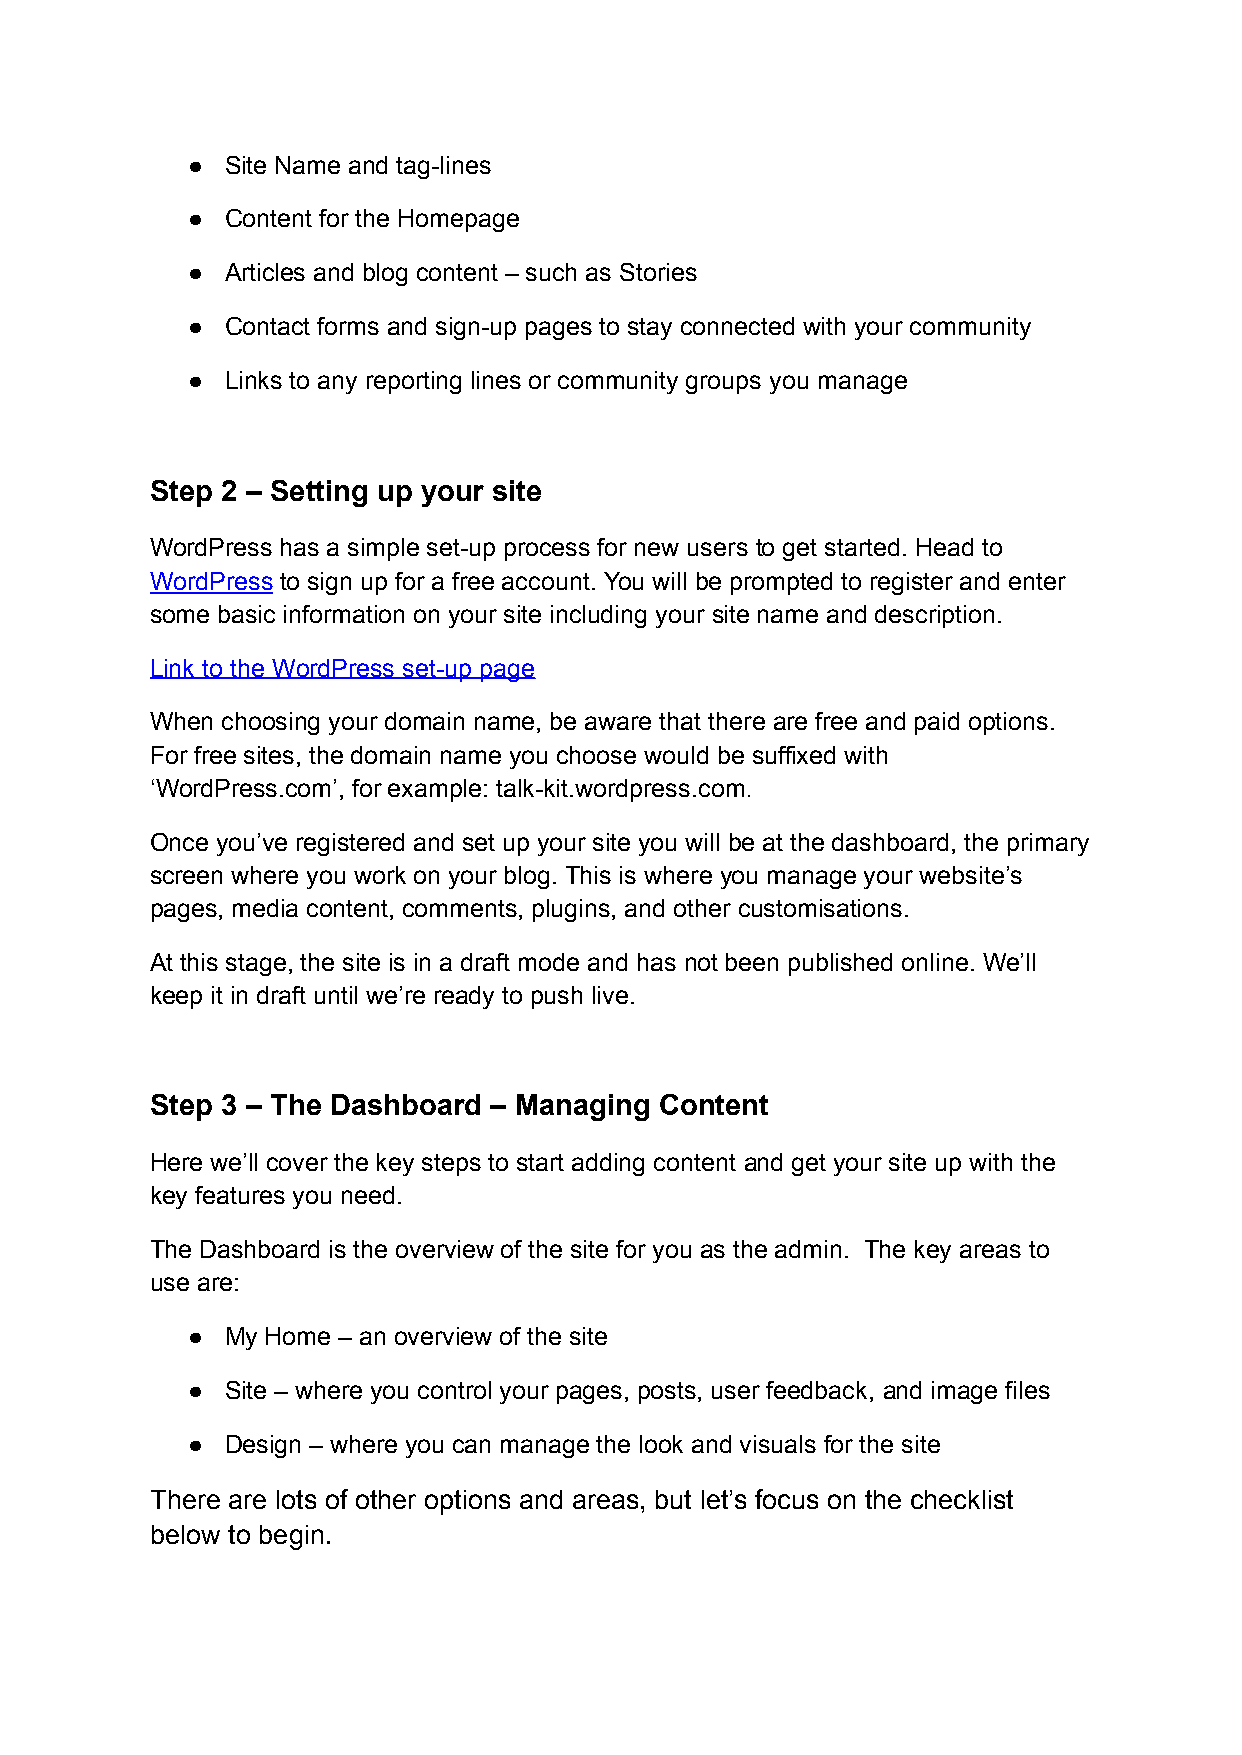
●  Site Name and tag-lines
 ●  Content for the Homepage
 ●  Articles and blog content – such as Stories
 ●  Contact forms and sign-up pages to stay connected with your community
 ●  Links to any reporting lines or community groups you manage
 Step 2 – Setting up your site
 WordPress has a simple set-up process for new users to get started. Head to
 WordPress to sign up for a free account. You will be prompted to register and enter
 some basic information on your site including your site name and description.
 Link to the WordPress set-up page
 When choosing your domain name, be aware that there are free and paid options.
 For free sites, the domain name you choose would be suffixed with
 ‘WordPress.com’, for example: talk-kit.wordpress.com.
 Once you’ve registered and set up your site you will be at the dashboard, the primary
 screen where you work on your blog. This is where you manage your website’s
 pages, media content, comments, plugins, and other customisations.
 At this stage, the site is in a draft mode and has not been published online. We’ll
 keep it in draft until we’re ready to push live.
 Step 3 – The Dashboard – Managing Content
 Here we’ll cover the key steps to start adding content and get your site up with the
 key features you need.
 The Dashboard is the overview of the site for you as the admin. The key areas to
 use are:
 ●  My Home – an overview of the site
 ●  Site – where you control your pages, posts, user feedback, and image files
 ●  Design – where you can manage the look and visuals for the site
 There are lots of other options and areas, but let’s focus on the checklist
 below to begin.